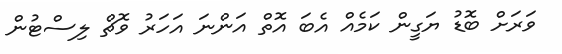
ވަރަށް ބޮޑު ޔަގީން ކަމެއް އެބަ އޮތް އަންނަ އަހަރު ވޮޗް ލިސްޓުން